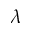
\lambda